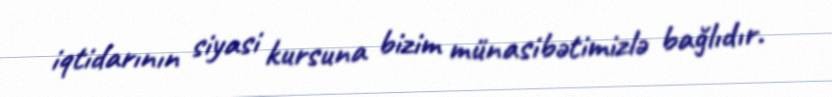
iqtidarının siyasi kursuna bizim münasibətimizlə bağlıdır.